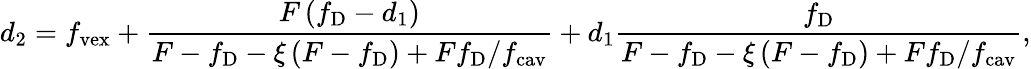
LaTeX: d_{2}=f_{\mathrm{vex}}+\frac{F\left(f_{\mathrm{D}}-d_{1}\right)}{F-f_{\mathrm{D}}-\xi\left(F-f_{\mathrm{D}}\right)+Ff_{\mathrm{D}}/f_{\mathrm{cav}}}+d_{1}\frac{f_{\mathrm{D}}}{F-f_{\mathrm{D}}-\xi\left(F-f_{\mathrm{D}}\right)+Ff_{\mathrm{D}}/f_{\mathrm{cav}}},